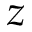
z